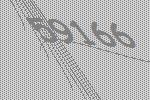
59166